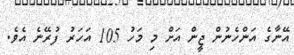
އޭނާގެ އަންހެނުން ޖީން އަށް މި މަހު 105 އަހަރު ފުރޭނެ އެވެ.